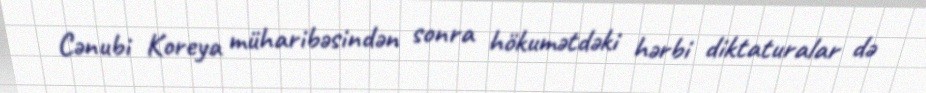
Cənubi Koreya müharibəsindən sonra hökumətdəki hərbi diktaturalar də